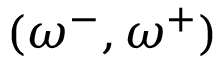
( \omega ^ { - } , \omega ^ { + } )